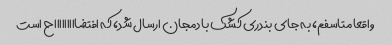
واقعا متاسفم، به جای بندری کشک بادمجان ارسال شد، که افتضاااااااااح است